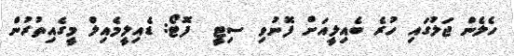
ހެލެން ޖަލުގައި ހުރެ ބެއިލީއަށް ފޮނުވި ސިޓީ  ފޮޓޯ: ޑެއިލީމެއިލް މީގެއިތުރުން